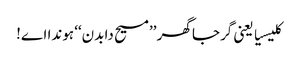
کلیسیا یعنی گرجا گھر ’’مسیح دا بدن‘‘ ہوندا اے!